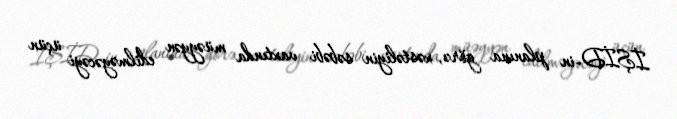
İŞİD-in planına görə, xəstəliyin səbəbi vaxtında müəyyən edilməyəcəyi üçün